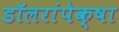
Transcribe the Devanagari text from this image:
डॉलरांपेक्षा